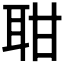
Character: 𦕐